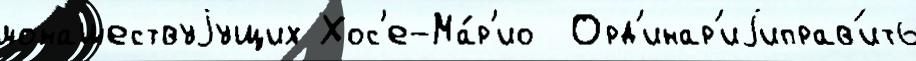
монашествуjущих Хос'е-Ма́р'ио  Орд'инар'иjиправ'ить